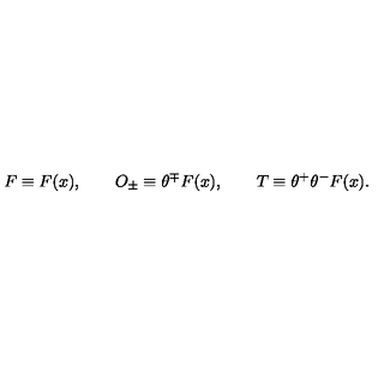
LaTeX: F \equiv F ( x ) , \qquad O _ { \pm } \equiv \theta ^ { \mp } F ( x ) , \qquad T \equiv \theta ^ { + } \theta ^ { - } F ( x ) .